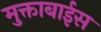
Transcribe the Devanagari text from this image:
मुक्ताबाईस